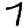
Digit: 7